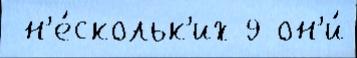
 н'е́скольк'их 9 он'и́